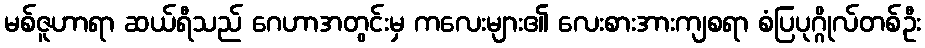
မစ်ဇူဟာရာ ဆယ်ရီသည် ဂေဟာအတွင်းမှ ကလေးများ၏ လေးစားအားကျစရာ စံပြပုဂ္ဂိုလ်တစ်ဦး